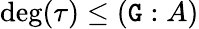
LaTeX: \deg(\tau)\leq(\mathtt{G}:A)